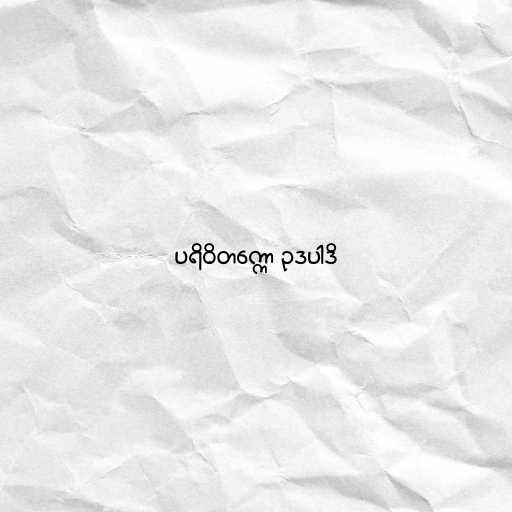
ပရိဝိတက္ကော ဥဒပါဒိ